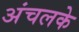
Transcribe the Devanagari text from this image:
अंचलके